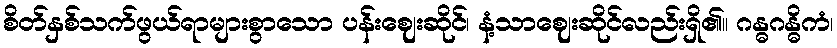
စိတ်နှစ်သက်ဖွယ်ရာများစွာသော ပန်းဈေးဆိုင်၊ နံ့သာဈေးဆိုင်လည်းရှိ၏။ ဂန္ဓဂန္ဓိကံ၊